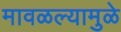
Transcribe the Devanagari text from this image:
मावळल्यामुळे